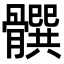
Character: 𩪞